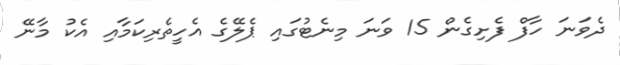
ދެވަނަ ހާފް ފެށިގެން 15 ވަނަ މިނެޓުގައި ޕެލޭގެ އެހީތެރިކަމާއި އެކު މާނޭ